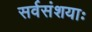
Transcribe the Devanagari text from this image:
सर्वसंशयाः